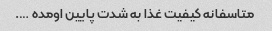
متاسفانه کیفیت غذا به شدت پایین اومده ….